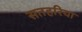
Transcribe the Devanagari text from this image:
सतहरिया